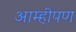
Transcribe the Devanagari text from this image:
आम्हीपण